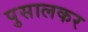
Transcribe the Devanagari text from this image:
पुसालकर